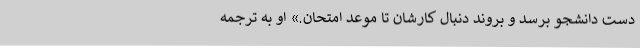
دست دانشجو برسد و بروند دنبال کارشان تا موعد امتحان.» او به ترجمه